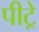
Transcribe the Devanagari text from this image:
पीट्रे